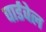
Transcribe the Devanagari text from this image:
वार्डवेल